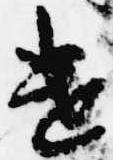
遣